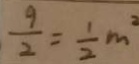
\frac { 9 } { 2 } = \frac { 1 } { 2 } m ^ { 2 }